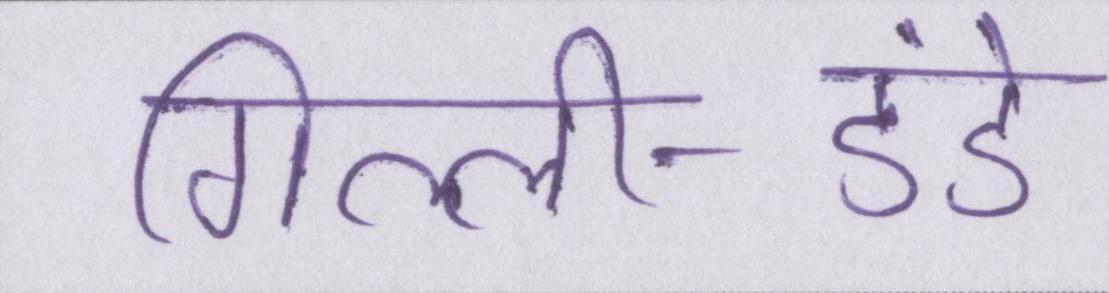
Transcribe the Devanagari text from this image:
गिल्ली-डंडे